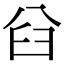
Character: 𠔒